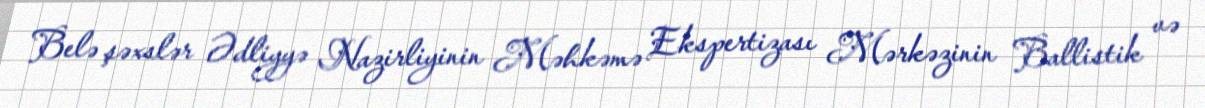
Belə şəxslər Ədliyyə Nazirliyinin Məhkəmə Ekspertizası Mərkəzinin Ballistik və